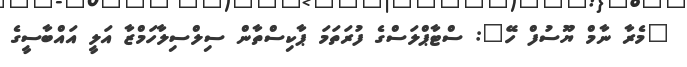
"މެރާ ނާމް ޔޫސުފް ހޭ": ސްޓާޕްލަސްގެ ފުރަތަމަ ޕާކިސްތާން ސިލްސިލާހަމްޒާ އަލީ އައްބާސީގެ